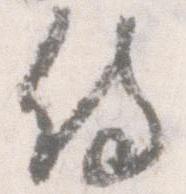
侍